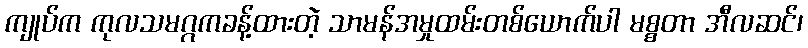
ကျုပ်က ကုလသမဂ္ဂကခန့်ထားတဲ့ သာမန်အမှုထမ်းတစ်ယောက်ပါ မစ္စတာ အီလဆင်၊